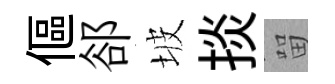
傴郤坡掞㽞